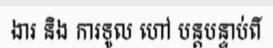
ងារ និង ការទូល ហៅ បន្តបន្ទាប់ពី